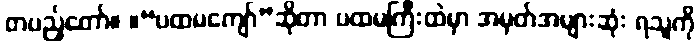
တပည့်တော်။ ။“ပထမကျော်”ဆိုတာ ပထမကြီးထဲမှာ အမှတ်အများဆုံး ရသူကို